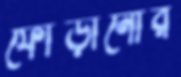
ফোঁড়ানোর